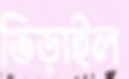
ভিড়াইল